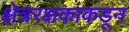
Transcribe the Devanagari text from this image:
क्षेत्ररक्षकाकडून